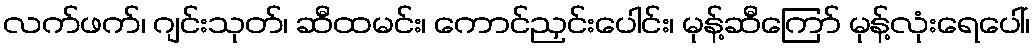
လက်ဖက်၊ ဂျင်းသုတ်၊ ဆီထမင်း၊ ကောင်ညှင်းပေါင်း၊ မုန့်ဆီကြော် မုန့်လုံးရေပေါ်၊